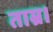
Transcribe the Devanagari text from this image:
ताम्र।